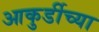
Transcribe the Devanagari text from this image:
आकुर्डीच्या